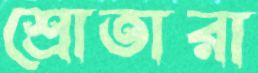
শ্রোতারা